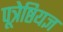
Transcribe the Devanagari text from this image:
पूत्रेष्ठियज्ञ